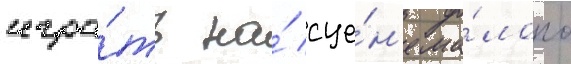
игра́ть на́ сце́н'е ма́лого